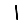
Digit: 1